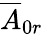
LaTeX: \overline{{A}}_{0r}